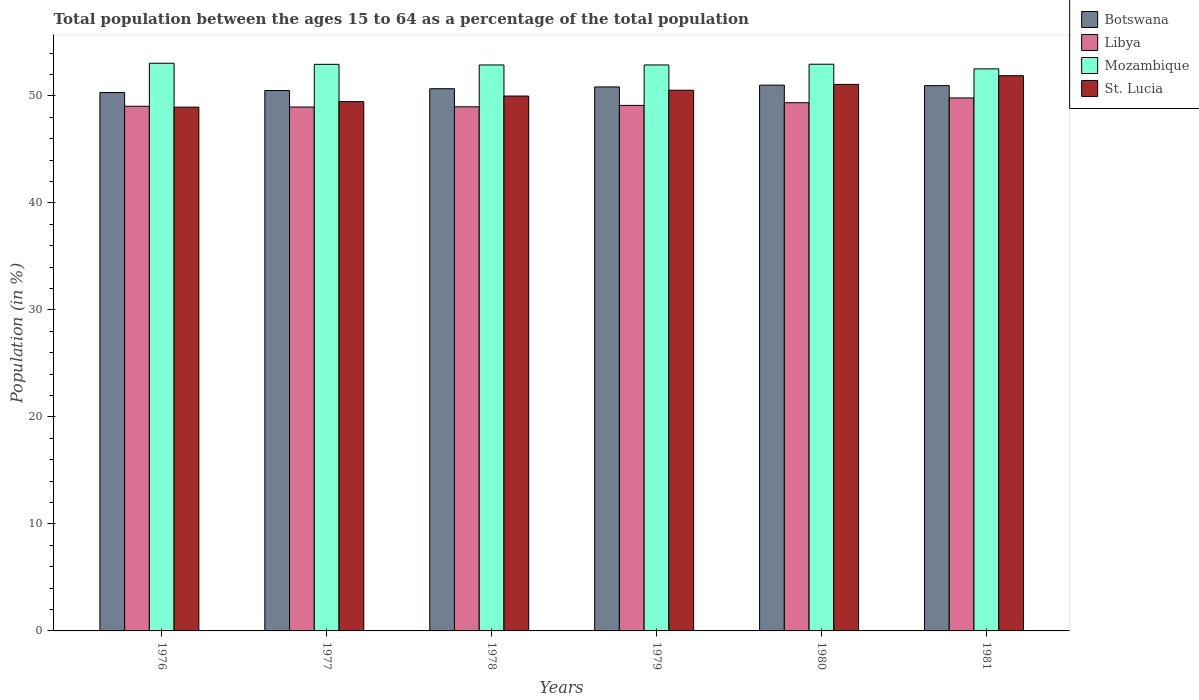
| Years | Botswana | Libya | Mozambique | St. Lucia |
 | --- | --- | --- | --- | --- |
 | 1976 | 50.3 | 49 | 53.1 | 49 |
 | 1977 | 50.5 | 49 | 53 | 49.5 |
 | 1978 | 50.7 | 49 | 52.9 | 50 |
 | 1979 | 50.8 | 49.1 | 52.9 | 50.5 |
 | 1980 | 51 | 49.4 | 53 | 51.1 |
 | 1981 | 51 | 49.8 | 52.5 | 51.9 |